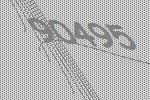
90495